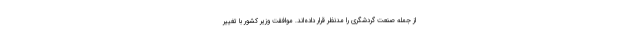
از جمله صنعت گردشگری را مدنظر قرار داده‌اند. موافقت وزیر کشور با تغییر